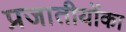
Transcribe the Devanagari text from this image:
प्रजातीयोंका